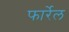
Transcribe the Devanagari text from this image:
फार्रेल